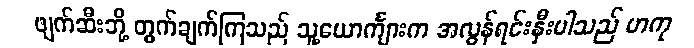
ဖျက်ဆီးဘို့ တွက်ချက်ကြသည် သူ့ယောင်္ကျားက အလွန်ရင်းနှီးပါသည် မာကု